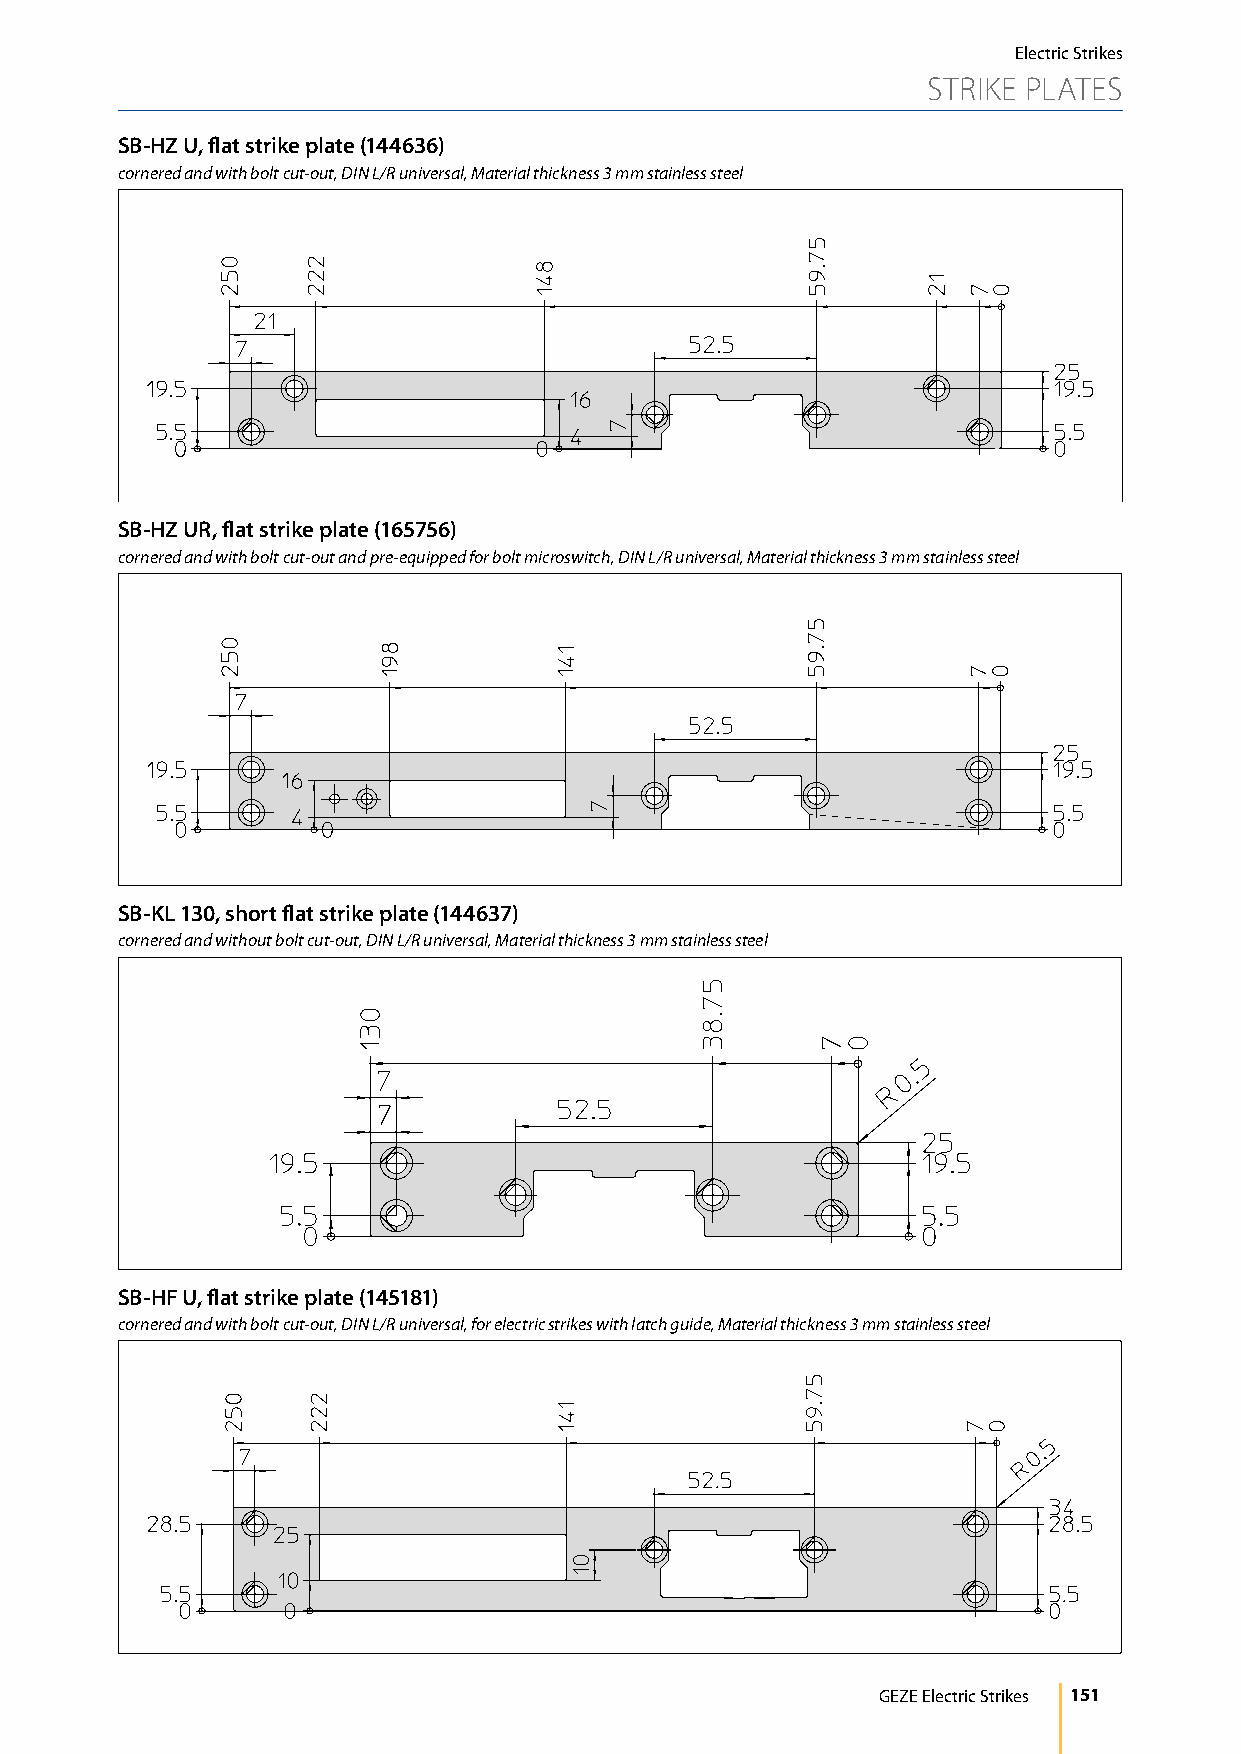
Electric Strikes
 STRIKE PLATES
 SB-HZ U, flat strike plate (144636)
 cornered and with bolt cut-out, DIN L/R universal, Material thickness 3 mm stainless steel
 SB-HZ UR, flat strike plate (165756)
 cornered and with bolt cut-out and pre-equipped for bolt microswitch, DIN L/R universal, Material thickness 3 mm stainless steel
 SB-KL 130, short flat strike plate (144637)
 cornered and without bolt cut-out, DIN L/R universal, Material thickness 3 mm stainless steel
 SB-HF U, flat strike plate (145181)
 cornered and with bolt cut-out, DIN L/R universal, for electric strikes with latch guide, Material thickness 3 mm stainless steel
 GEZE Electric Strikes 151